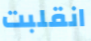
انقلبت